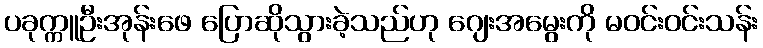
ပခုက္ကူဦးအုန်းဖေ ပြောဆိုသွားခဲ့သည်ဟု ဂျေးအမွေးကို မဝင်းဝင်းသန်း